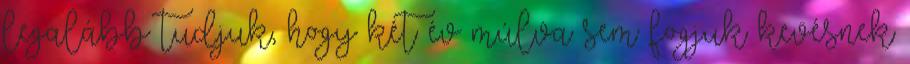
legalább tudjuk, hogy két év múlva sem fogjuk kevésnek